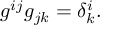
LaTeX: g ^ { i j } g _ { j k } = \delta _ { k } ^ { i } .